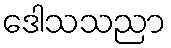
ဒေါသသညာ